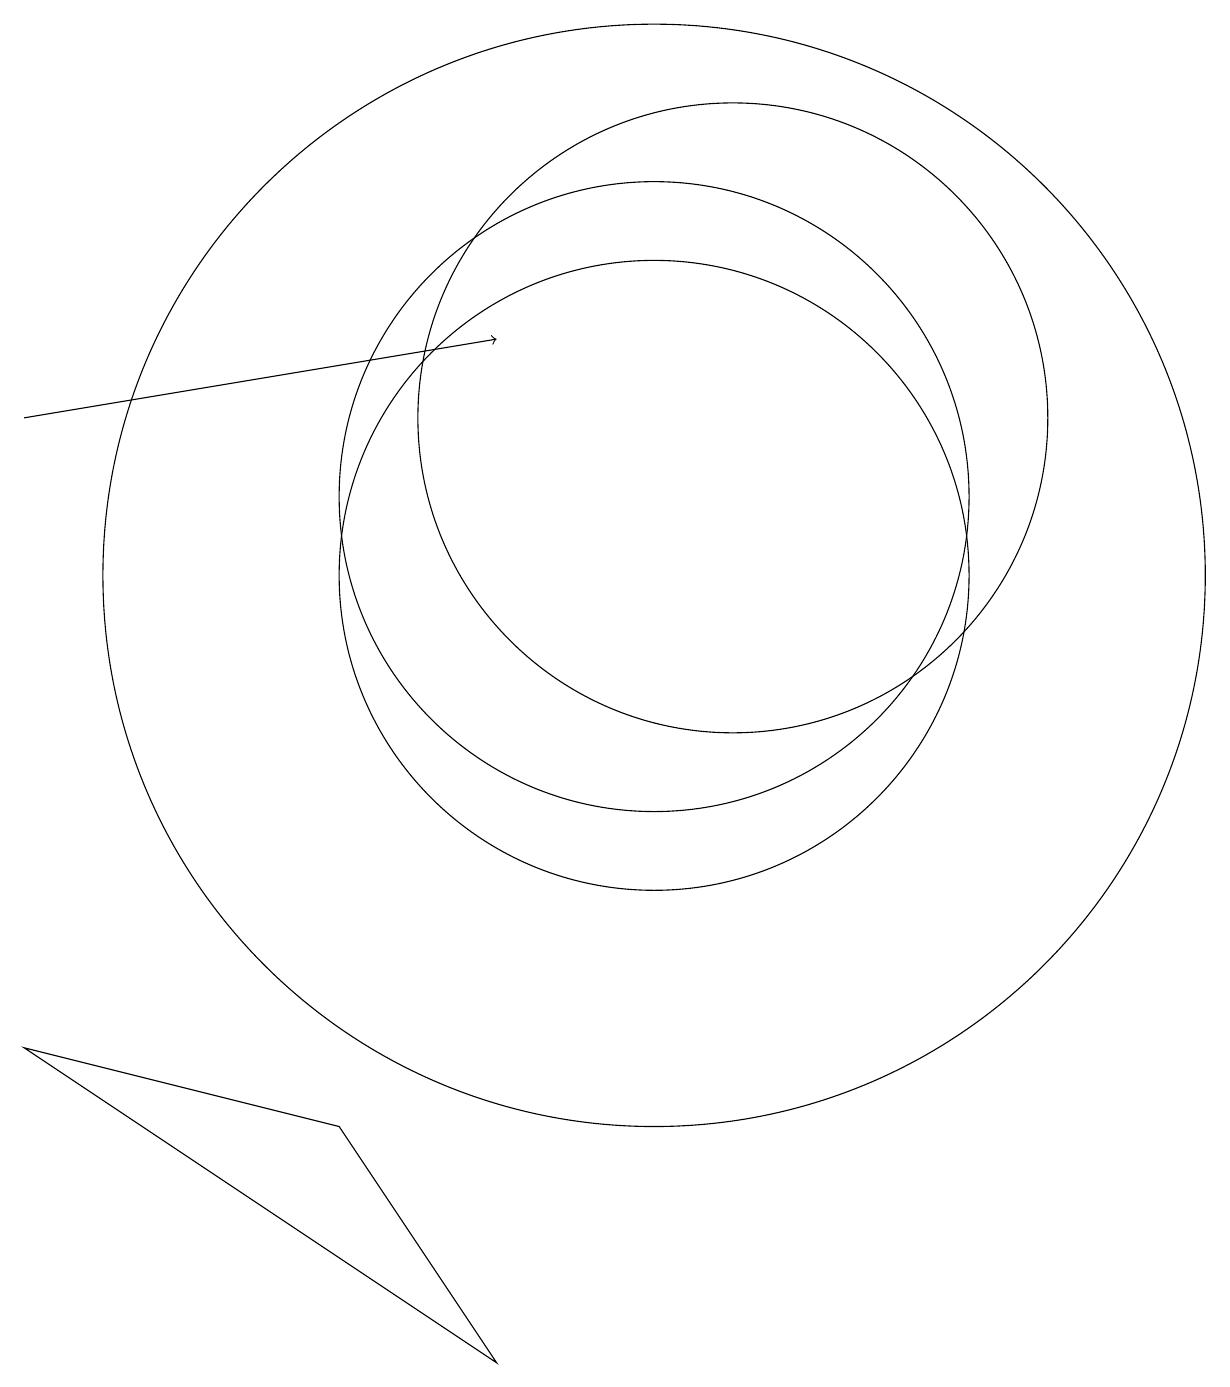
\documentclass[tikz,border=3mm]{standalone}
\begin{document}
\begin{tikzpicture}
\draw (10,10) circle (4);
\draw[->] (2,12) -- (8,13);
\draw (10,11) circle (4);
\draw (10,10) circle (7);
\draw (11,12) circle (4);
\draw (2,4) -- (6,3) -- (8,0) -- cycle;
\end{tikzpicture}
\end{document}